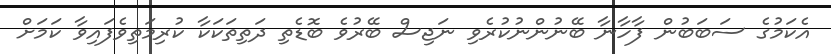
އެކަމުގެ ސަބަބުން ފާހާނާ ބޭނުންނުކުރެވި ނަޖިސް ބޭރުވެ ބޮޑެތި ދަތިތަކަކާ ކުރިމަތިވެފައިވާ ކަމަށް